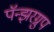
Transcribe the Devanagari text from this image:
पॅन्झरग्रुप